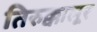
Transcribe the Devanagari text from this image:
तिरुक्कालूर